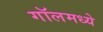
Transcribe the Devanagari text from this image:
गॉलमध्ये